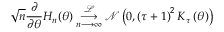
\sqrt { n } \frac { \partial } { \partial \boldsymbol { \theta } } H _ { n } ( \boldsymbol { \theta } ) \underset { n \longrightarrow \infty } { \overset { \mathcal { L } } { \longrightarrow } } \mathcal { N } \left( \boldsymbol { 0 } , \left( \tau + 1 \right) ^ { 2 } \boldsymbol { K } _ { \boldsymbol { \tau } } \left( \boldsymbol { \theta } \right) \right)